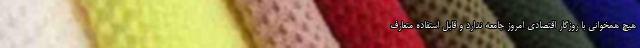
هیچ همخوانی با روزگار اقتصادی امروز جامعه ندارد و قابل استفاده متعارف